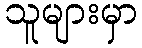
သူများမှာ